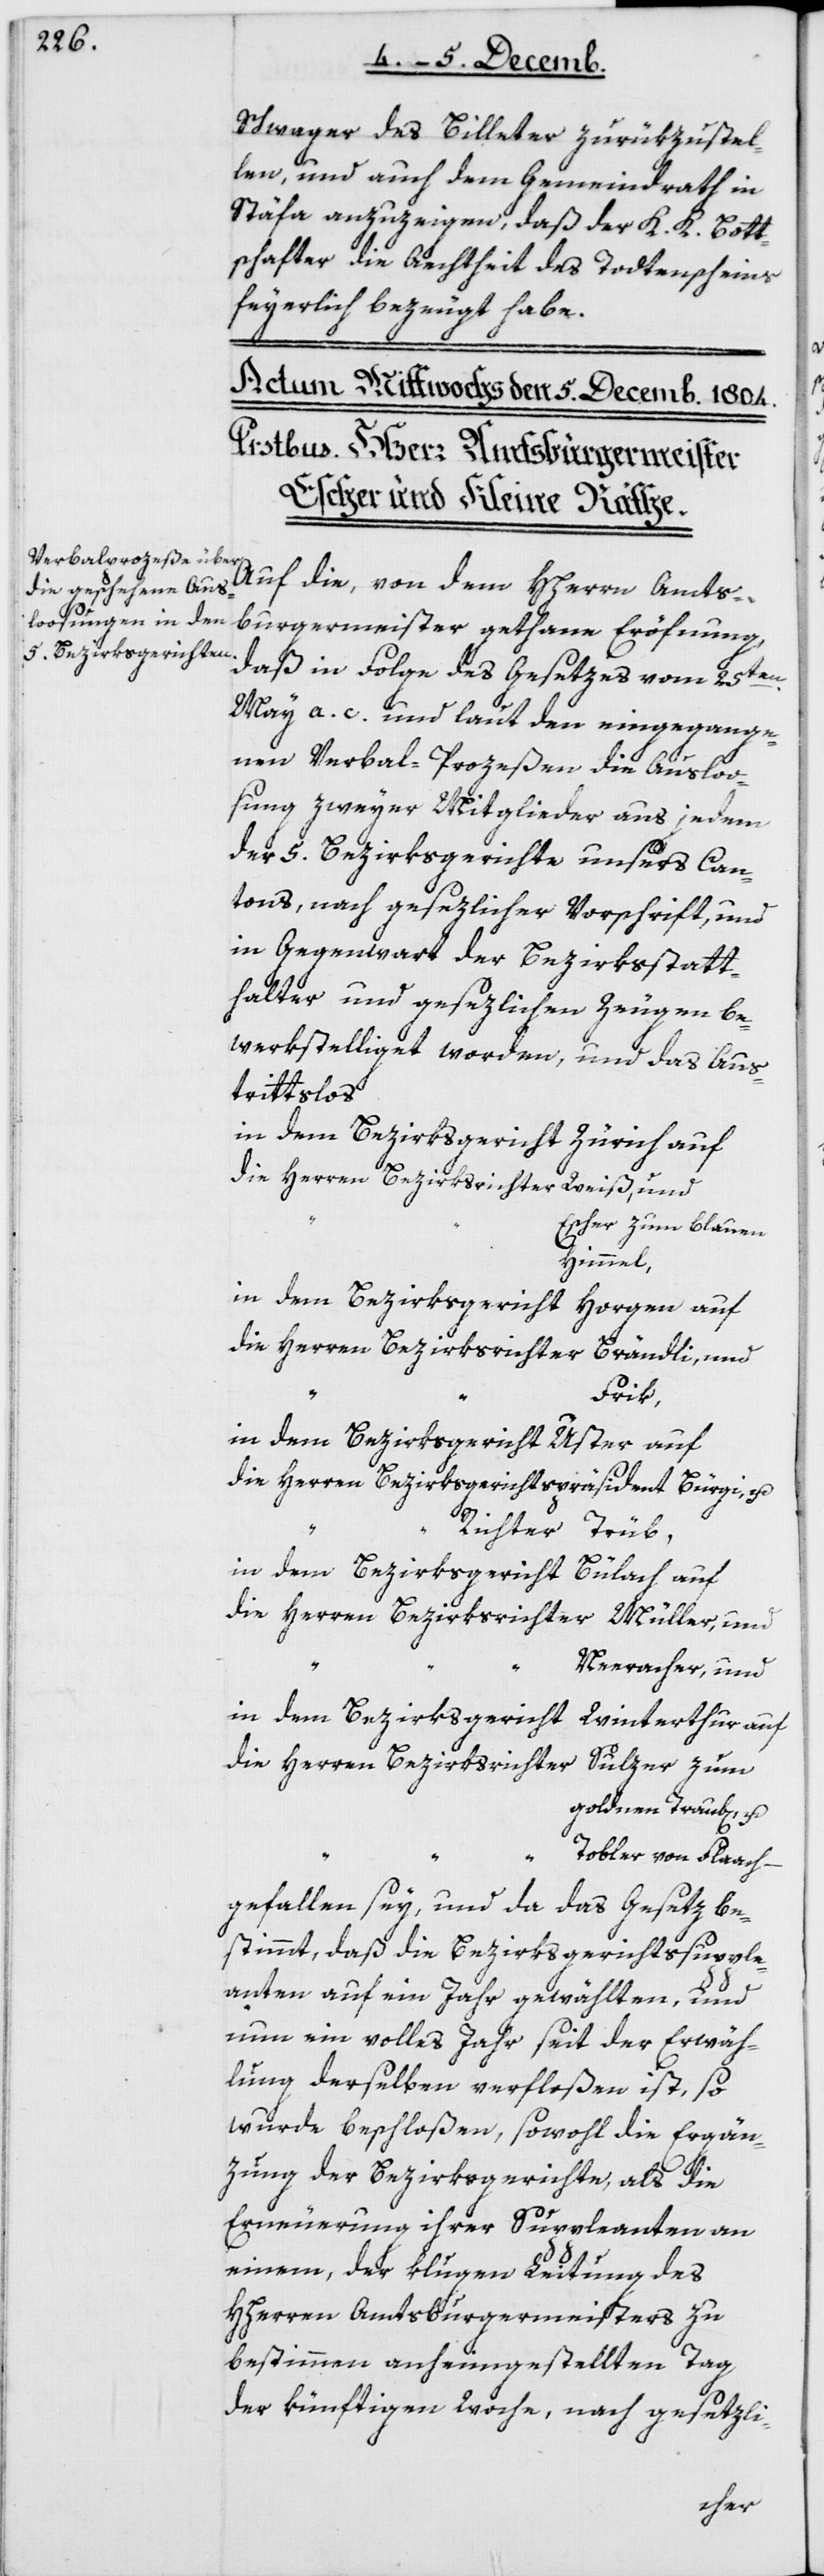
Schwager des Billeter zurükzustel¬
len, und auch dem Gemeindrath in
Stäfa anzuzeigen, daß der K. K. Bott¬
schafter die Echtheit des Todtenscheins
feyerlich bezeugt habe.
Auf die, von dem HHerrn Amts¬
burgermeister gethane Eröffnung,
daß in Folge des Gesetzes vom 25ten
May a. c. und laut den eingegange¬
nen Verbal-Proceßen die Auslo¬
sung zweyer Mitglieder aus jedem
der 5 Bezirksgerichte unsers Can¬
tons, nach gesezlicher Vorschrift und
in Gegenwart der Bezirksstatt¬
halter und gesetzlichen Zeugen be¬
werkstelliget worden, und das Aus¬
trittslos
in dem Bezirksgericht Zürich auf
die Herren Bezirksrichter Weiß, und
Escher zum blauen
Himmel,
in dem Bezirksgericht Horgen auf
die Herren Bezirksrichter Brändli, und
Frik,
in dem Bezirksgericht Uster auf
die Herren Bezirksgerichtspräsident Bürgi, u.
Trüb,
in dem Bezirksgericht
Bülach auf
die Herren Bezirksrichter Müller, und
Neeracher, und
in dem Bezirksgericht Winterthur auf
die Herren Bezirksrichter Sulzer zum
goldnen Trauben, u.
Tobler von Flaach –
gefallen sey, und da das Gesetz be¬
stimmt, daß die Bezirksgerichtssupple¬
anten auf ein Jahr gewählten, und
nun ein volles Jahr seit der Erwäh¬
lung derselben verfloßen ist, so
wurde beschloßen, sowohl die Ergän¬
zung der Bezirksgerichte, als die
Erneuerung ihrer Suppleanten an
einem, der klugen Leitung des
HHerren Amtsburgermeisters zu
bestimmen anheimgestellten Tag
der künftigen Woche, nach gesetzli-